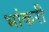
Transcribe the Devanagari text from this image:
भांकरी